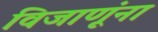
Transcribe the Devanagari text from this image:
विजाणूंना